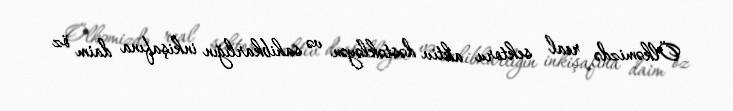
Ölkəmizdə real sektoru aktiv dəstəkləyən və sahibkarlığın inkişafına daim öz